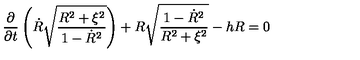
\frac { \partial } { \partial t } \left( \dot { R } \sqrt { \frac { R ^ { 2 } + \xi ^ { 2 } } { 1 - \dot { R } ^ { 2 } } } \right) + R \sqrt { \frac { 1 - \dot { R } ^ { 2 } } { R ^ { 2 } + \xi ^ { 2 } } } - h R = 0